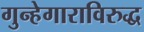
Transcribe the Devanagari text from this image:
गुन्हेगाराविरुद्ध